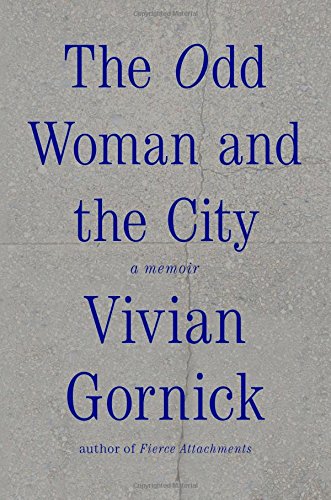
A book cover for The Odd Woman and the City: A Memoir; Vivian Gornick; Literature & Fiction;